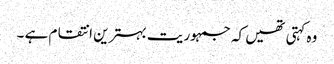
وہ کہتی تھیں کہ جمہوریت بہترین انتقام ہے ۔